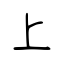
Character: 上